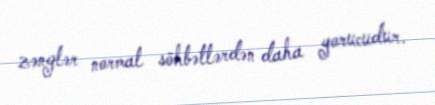
zənglər normal söhbətlərdən daha yorucudur.